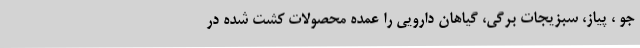
جو ، پیاز، سبزیجات برگی، گیاهان دارویی را عمده محصولات کشت شده در